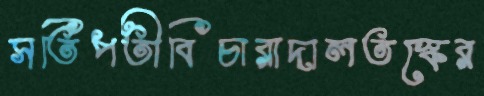
সতিপতীবিচারাদালতস্কের